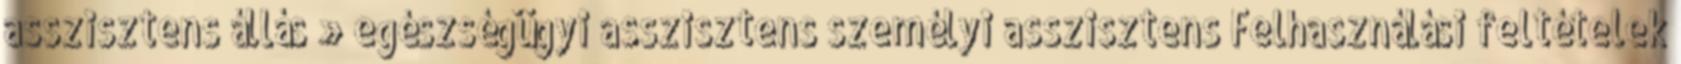
asszisztens állás » egészségügyi asszisztens személyi asszisztens Felhasználási feltételek